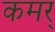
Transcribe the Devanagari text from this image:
कमर्